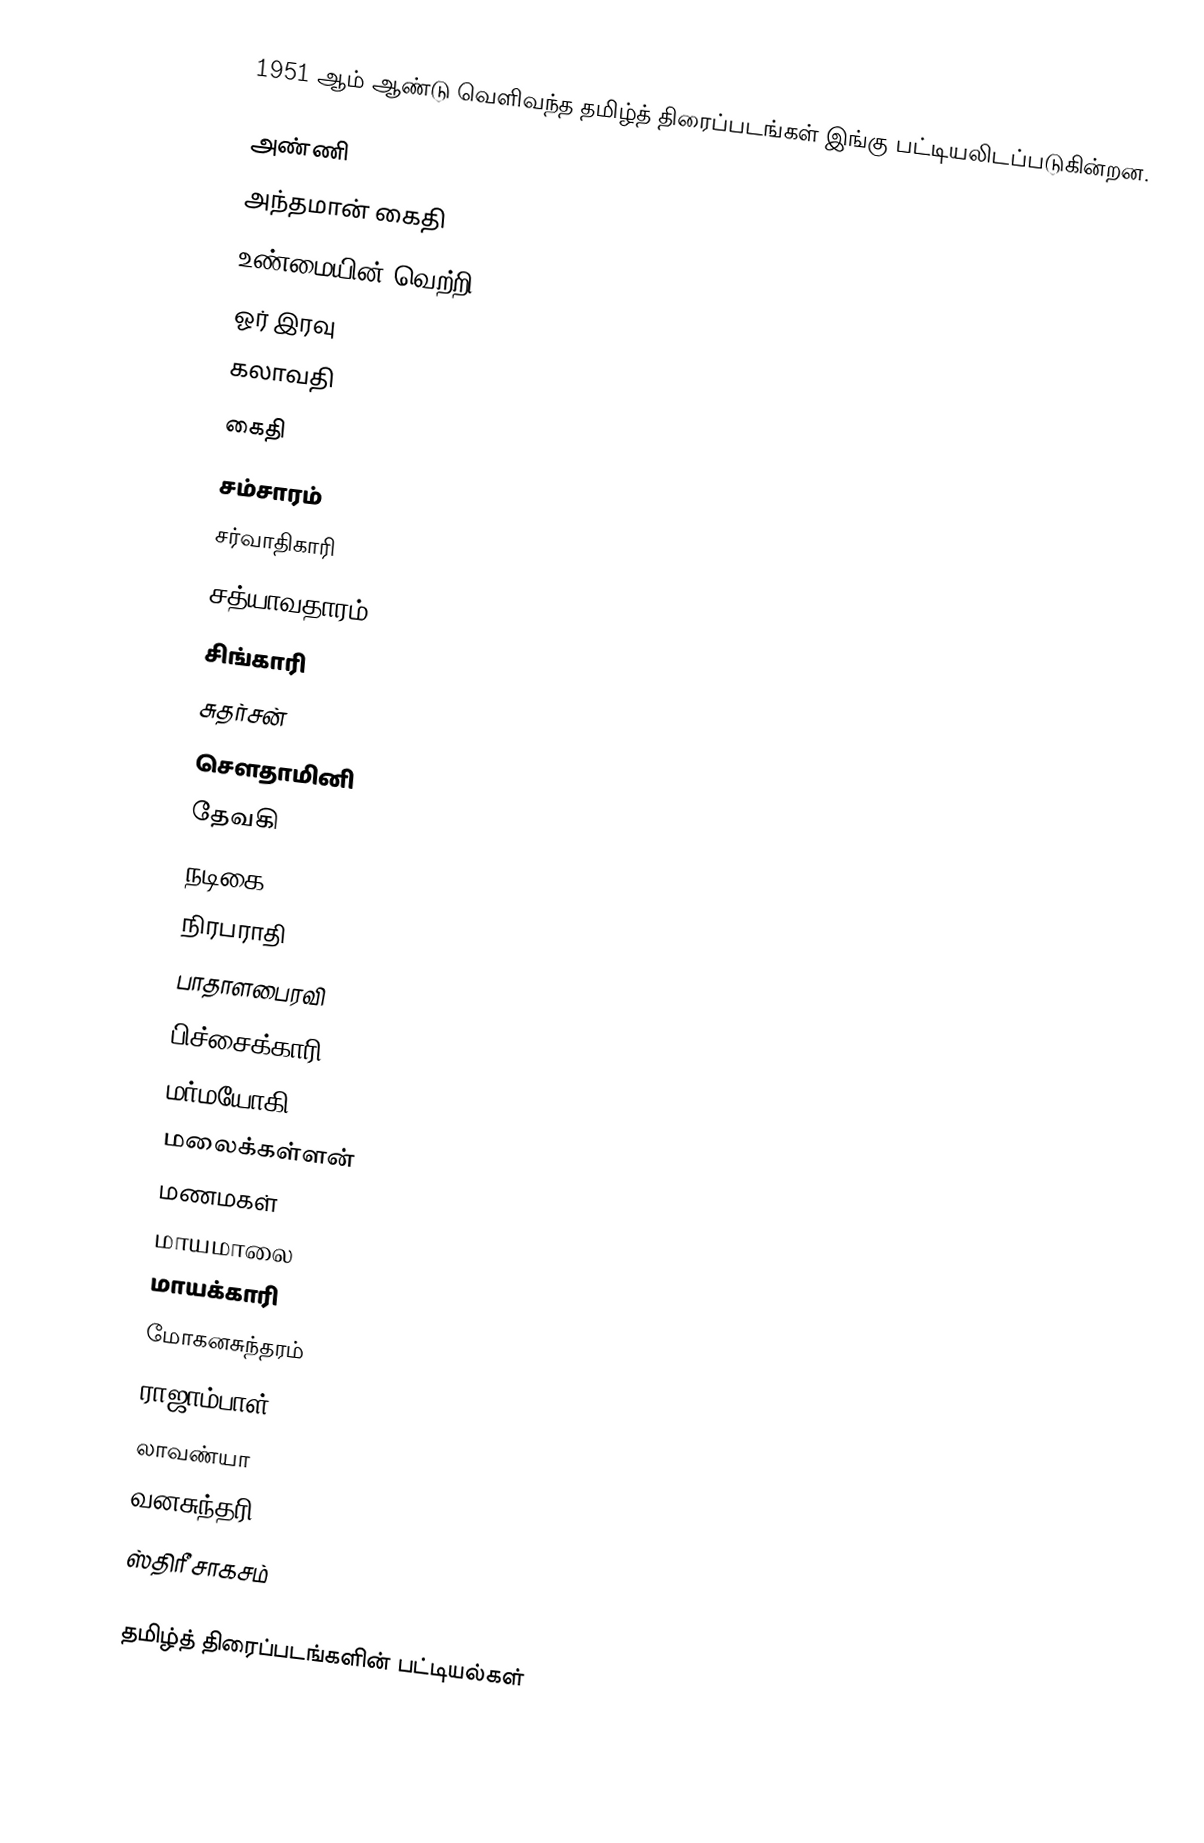
1951 ஆம் ஆண்டு வெளிவந்த தமிழ்த் திரைப்படங்கள் இங்கு பட்டியலிடப்படுகின்றன.

 அண்ணி
 அந்தமான் கைதி
 உண்மையின் வெற்றி
 ஓர் இரவு
 கலாவதி
 கைதி
 சம்சாரம்
 சர்வாதிகாரி
 சத்யாவதாரம்
 சிங்காரி
 சுதர்சன்
 சௌதாமினி
 தேவகி
 நடிகை
 நிரபராதி
 பாதாளபைரவி
 பிச்சைக்காரி
 மர்மயோகி
 மலைக்கள்ளன்
 மணமகள்
 மாயமாலை
 மாயக்காரி
 மோகனசுந்தரம்
 ராஜாம்பாள்
 லாவண்யா
 வனசுந்தரி
 ஸ்திரீ சாகசம்

தமிழ்த் திரைப்படங்களின் பட்டியல்கள்